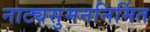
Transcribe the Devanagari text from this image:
नाट्यसुमननिर्मित